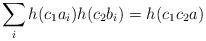
LaTeX: \begin{align*}\sum_ih(c_1a_i)h(c_2b_i)=h(c_1c_2a)\end{align*}